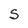
Character: S